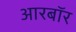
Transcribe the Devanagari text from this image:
आरबॉर